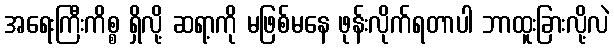
အရေးကြီးကိစ္စ ရှိလို့ ဆရာ့ကို မဖြစ်မနေ ဖုန်းလိုက်ရတာပါ ဘာထူးခြားလို့လဲ